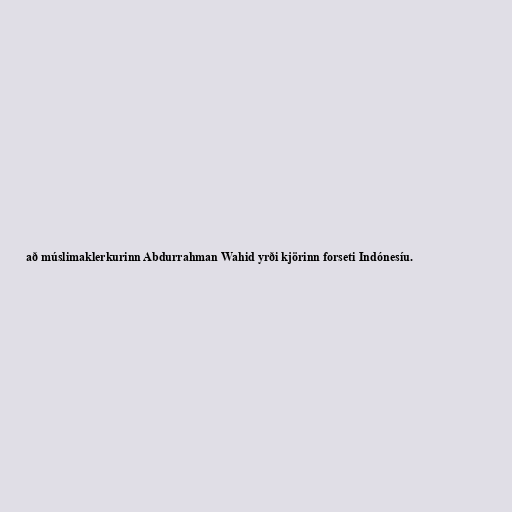
að múslimaklerkurinn Abdurrahman Wahid yrði kjörinn forseti Indónesíu.